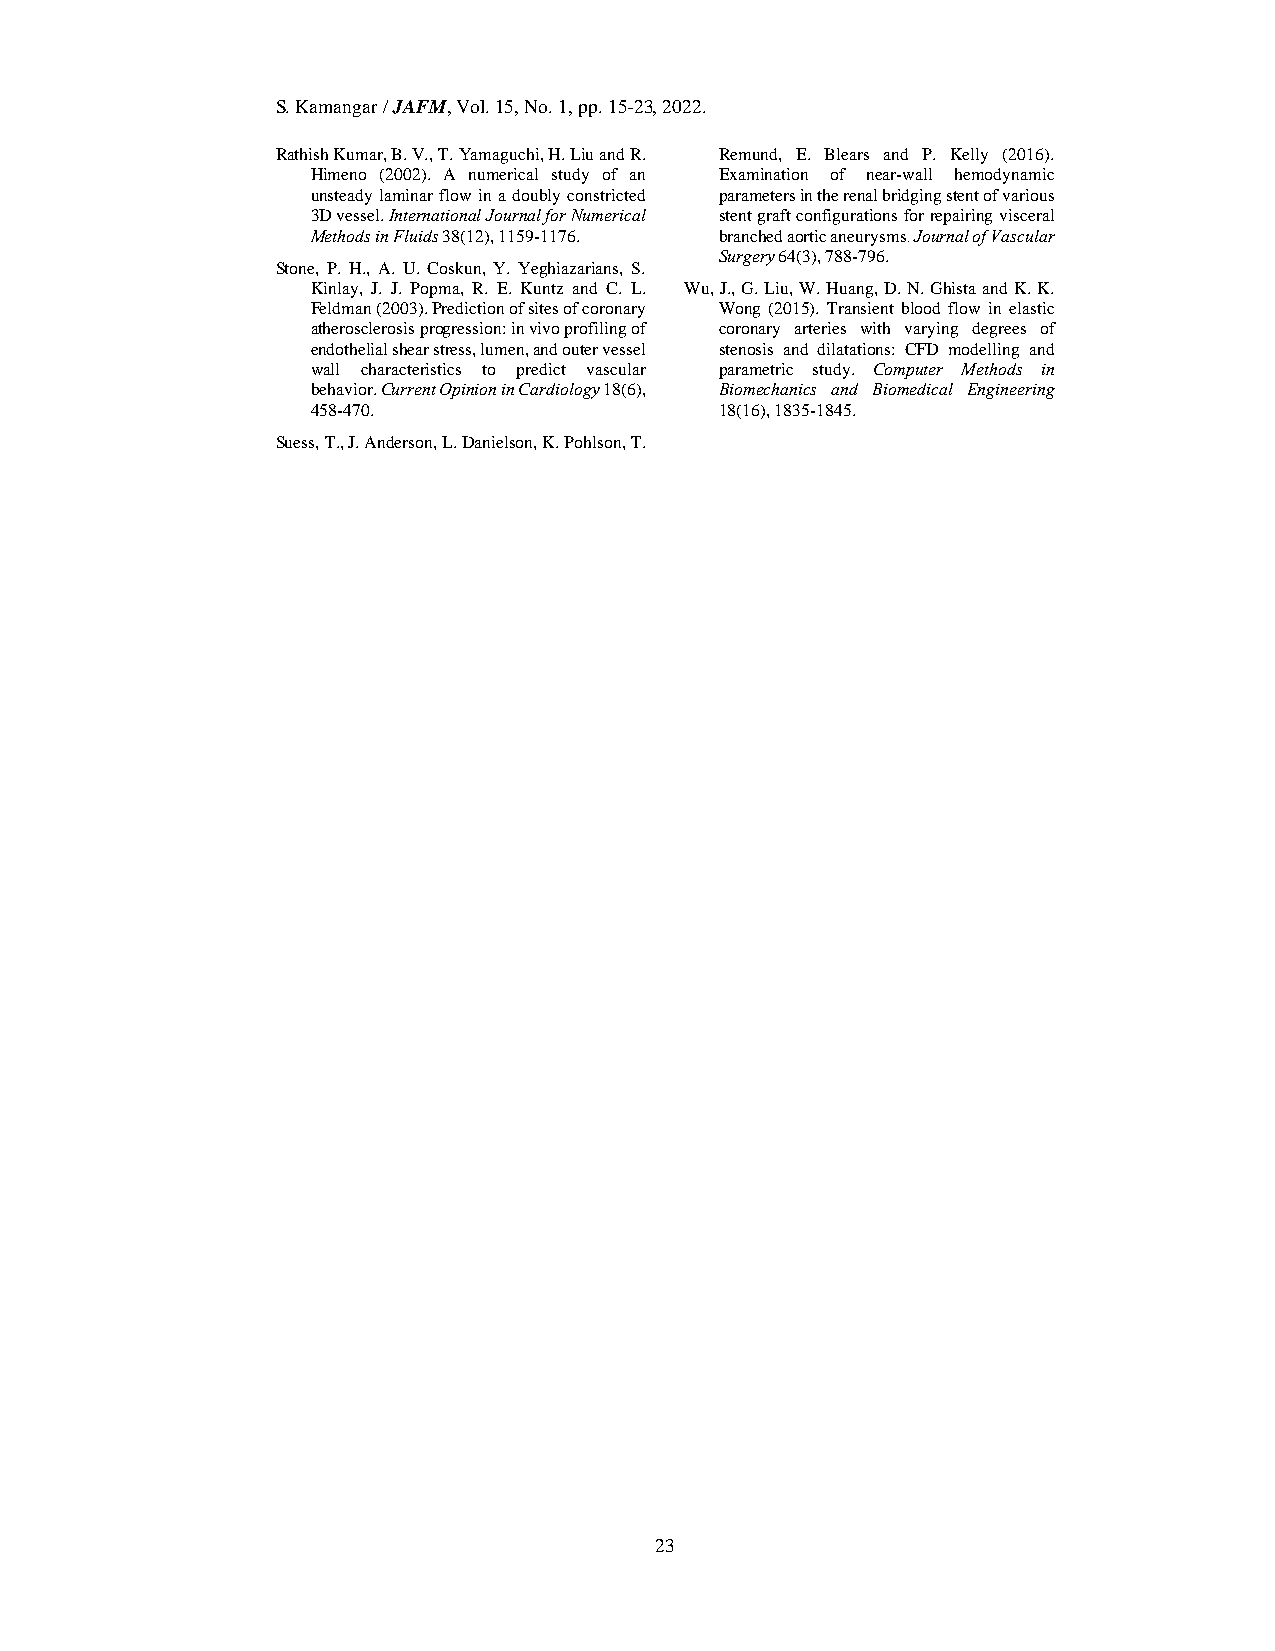
S. Kamangar / JAFM, Vol. 15, No. 1, pp. 15-23, 2022.
 Rathish Kumar, B. V., T. Yamaguchi, H. Liu and R. Remund, E. Blears and P. Kelly (2016).
 Himeno (2002). A numerical study of an Examination of near-wall hemodynamic
 unsteady laminar flow in a doubly constricted parameters in the renal bridging stent of various
 3D vessel. International Journal for Numerical stent graft configurations for repairing visceral
 Methods in Fluids 38(12), 1159-1176. branched aortic aneurysms. Journal of Vascular
 Surgery 64(3), 788-796.
 Stone, P. H., A. U. Coskun, Y. Yeghiazarians, S.
 Kinlay, J. J. Popma, R. E. Kuntz and C. L. Wu, J., G. Liu, W. Huang, D. N. Ghista and K. K.
 Feldman (2003). Prediction of sites of coronary Wong (2015). Transient blood flow in elastic
 atherosclerosis progression: in vivo profiling of coronary arteries with varying degrees of
 endothelial shear stress, lumen, and outer vessel stenosis and dilatations: CFD modelling and
 wall characteristics to predict vascular parametric study. Computer Methods in
 behavior. Current Opinion in Cardiology 18(6), Biomechanics and Biomedical Engineering
 458-470.                   18(16), 1835-1845.
 Suess, T., J. Anderson, L. Danielson, K. Pohlson, T.
 23